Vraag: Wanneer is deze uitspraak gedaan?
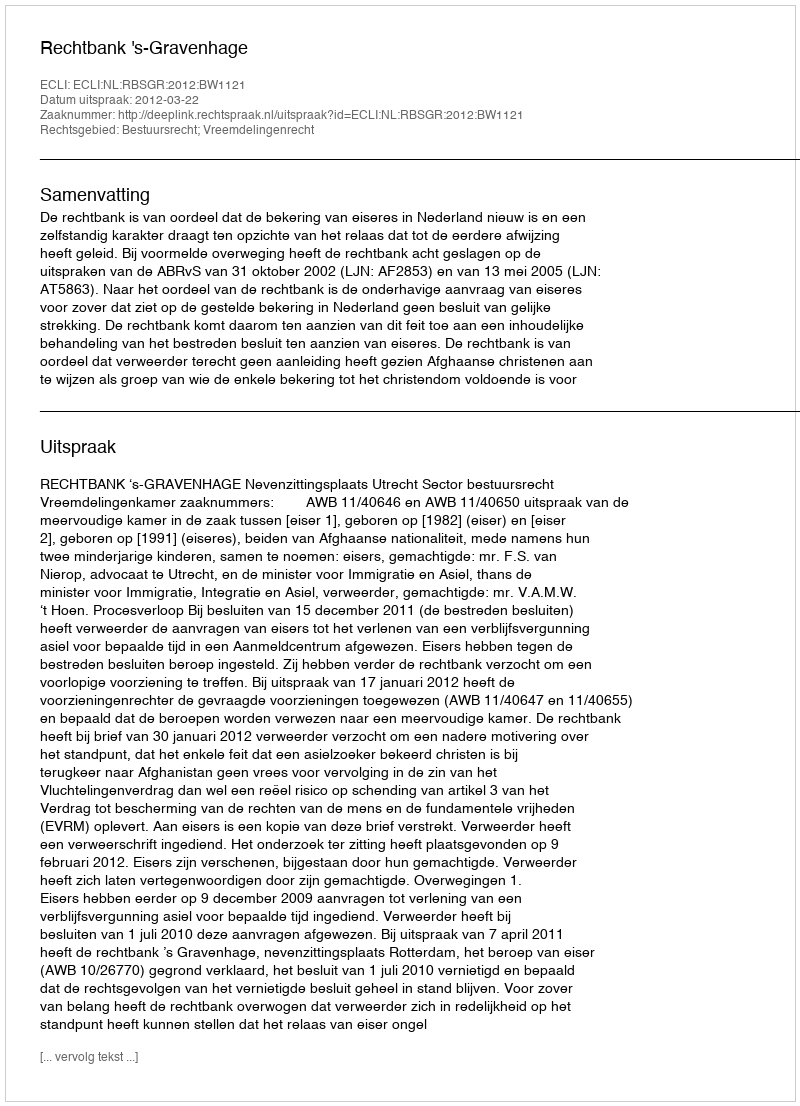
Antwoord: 2012-03-22